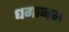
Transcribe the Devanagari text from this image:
धगानम